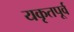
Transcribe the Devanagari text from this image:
यकृतपूर्व